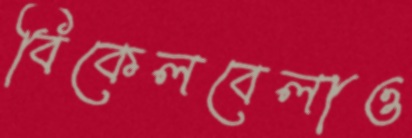
বিকেলবেলাও